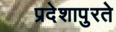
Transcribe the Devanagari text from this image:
प्रदेशापुरते